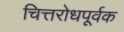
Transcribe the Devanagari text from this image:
चित्तरोधपूर्वक